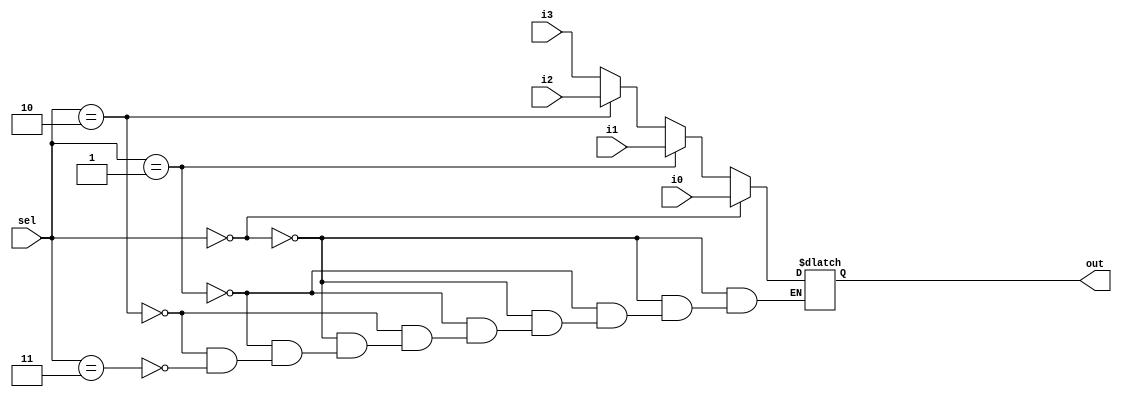
module mux_4_to_1_6_bit(
    input wire [5:0] i0,
    input wire [5:0] i1,
    input wire [5:0] i2,
    input wire [5:0] i3,
    input wire [1:0] sel,
    output [5:0] out
);

reg [5:0] ans;
always @(*) begin
    if (sel == 2'b00)
        ans = i0;
    else if (sel == 2'b01)
        ans = i1;
    else if (sel == 2'b10)
        ans = i2;
    else if (sel == 2'b11)
        ans = i3;
end

assign out = ans;

endmodule